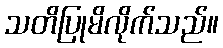
သတိပြုမိလိုက်သည်။